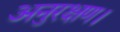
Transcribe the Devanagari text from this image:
अनुरक्षण।